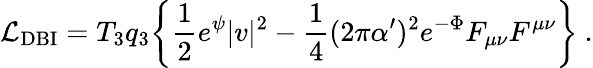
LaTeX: {\cal L}_{\mathrm{DBI}}=T_{3}q_{3}\biggl\{ \frac{1}{2}e^{\psi}{|v|^{2}}-\frac{1}{4}(2\pi\alpha^{\prime})^{2}e^{-\Phi}{F_{\mu\nu}F^{\mu\nu}\biggr\} \ .}